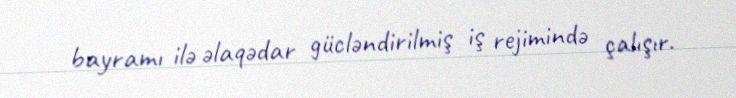
bayramı ilə əlaqədar gücləndirilmiş iş rejimində çalışır.